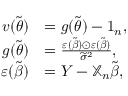
\begin{array} { r l } { \boldsymbol { v } ( \widetilde { \boldsymbol { \theta } } ) } & { = \boldsymbol { g } ( \widetilde { \boldsymbol { \theta } } ) - \boldsymbol { 1 } _ { n } , } \\ { \boldsymbol { g } ( \widetilde { \boldsymbol { \theta } } ) } & { = \frac { \boldsymbol { \varepsilon } ( \widetilde { \boldsymbol { \beta } } ) \odot \boldsymbol { \varepsilon } ( \widetilde { \boldsymbol { \beta } } ) } { \widetilde { \sigma } ^ { 2 } } , } \\ { \boldsymbol { \varepsilon } ( \widetilde { \boldsymbol { \beta } } ) } & { = \boldsymbol { Y } - \mathbb { X } _ { n } \widetilde { \boldsymbol { \beta } } , } \end{array}